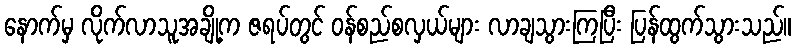
နောက်မှ လိုက်လာသူအချို့က ဇရပ်တွင် ဝန်စည်စလှယ်များ လာချသွားကြပြီး ပြန်ထွက်သွားသည်။